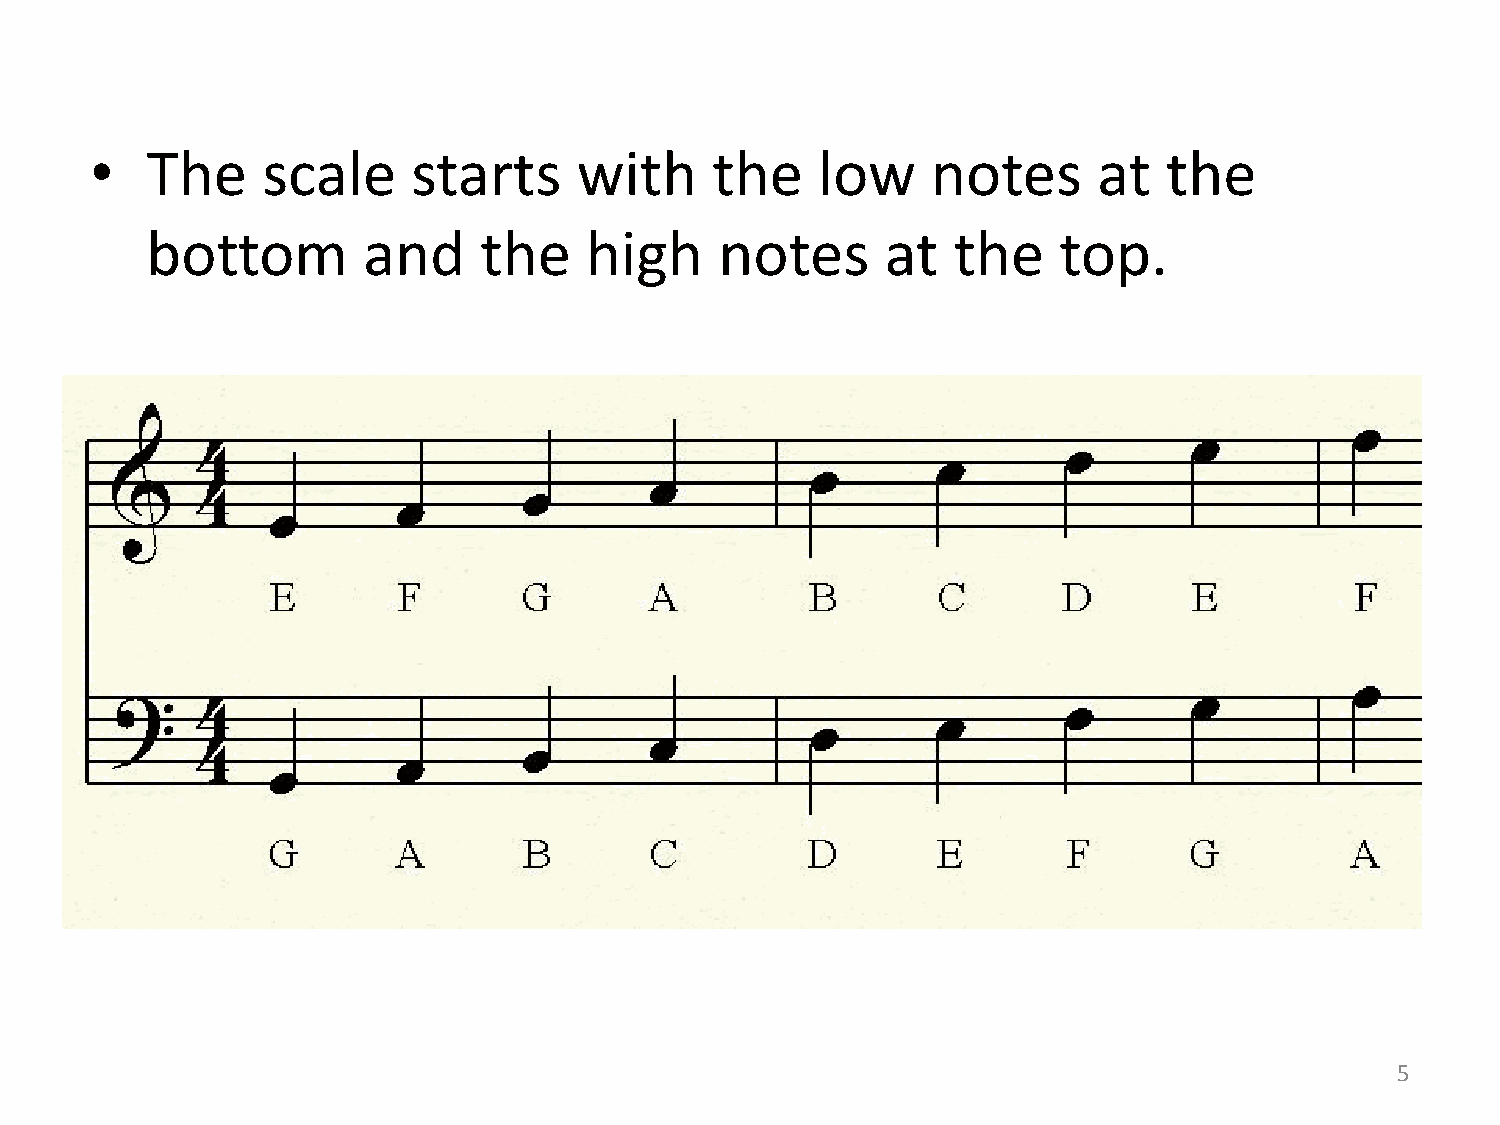
•   The    scale     starts     with     the    low     notes      at  the
 bottom        and     the    high     notes      at  the    top.
 5